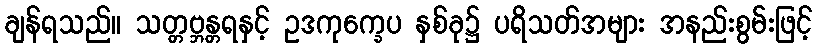
ချန်ရသည်။ သတ္တဗ္ဘန္တရနှင့် ဥဒကုက္ခေပ နှစ်ခု၌ ပရိသတ်အများ အနည်းစွမ်းဖြင့်